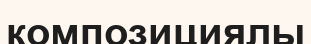
композициялы